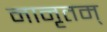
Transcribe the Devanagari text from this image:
नानृतम्